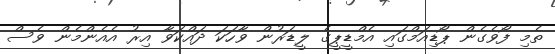
ތެމި ފޯވެގެން ޕޯޑިއަމްގައި އެމްޑީޕީގެ ލީޑަރުން ވާހަކަ ދައްކަވާ އިރު އެއެންމެން ވެސް